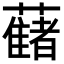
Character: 𧂤